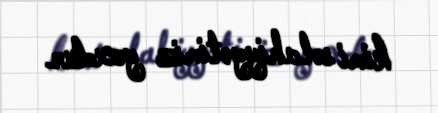
kimi səlahiyyətimiz yoxdur.